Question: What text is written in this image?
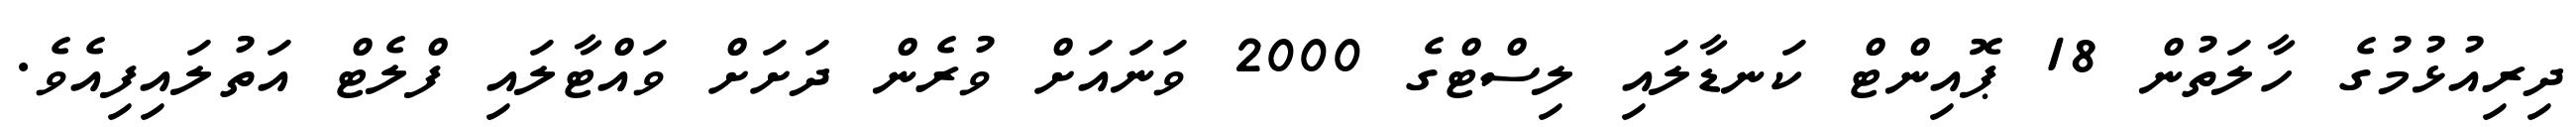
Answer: ދިރިއުޅުމުގެ ހާލަތުން 18 ޕޮއިންޓް ކަނޑާލައި ލިސްޓްގެ 2000 ވަނައަށް ވުރެން ދަށަށް ވައްޓާލައި ފްލެޓް އަތުލައިފިއެވެ.